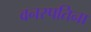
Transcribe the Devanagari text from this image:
वनस्पतिना